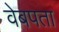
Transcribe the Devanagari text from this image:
वेबपता